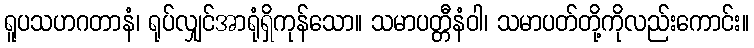
ရူပသဟဂတာနံ၊ ရုပ်လျှင်အာရုံရှိကုန်သော။ သမာပတ္တီနံဝါ၊ သမာပတ်တို့ကိုလည်းကောင်း။